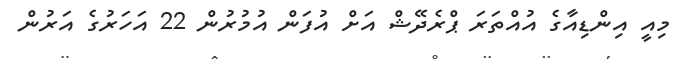
މިއީ އިންޑިއާގެ އުއްތަރަ ޕްރެދޭޝް އަށް އުފަން އުމުރުން 22 އަަހަރުގެ އަރުން